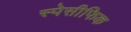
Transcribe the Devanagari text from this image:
स्पेसीफिक